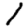
Digit: 1